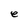
Character: e